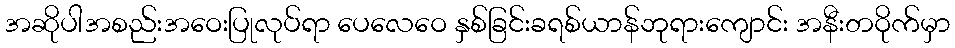
အဆိုပါအစည်းအဝေးပြုလုပ်ရာ ပေလေဝေ နှစ်ခြင်းခရစ်ယာန်ဘုရားကျောင်း အနီးတဝိုက်မှာ